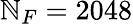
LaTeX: \mathbb{N}_{F}=2048